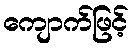
ကျောက်ဖြင့်